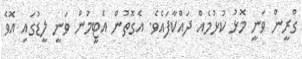
ގްރީން ވަނީ މޮޅު ކުޅުމެއް ދައްކާފައެވެ. އެގޮތުން އެޓީމުން ވަނީ ލީޑުގައި އޮވެ